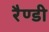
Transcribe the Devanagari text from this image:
रैण्डी